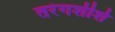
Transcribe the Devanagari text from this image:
तरंगशीर्श